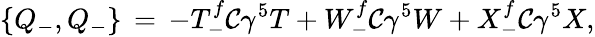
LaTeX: \{ Q_{-},Q_{-}\} \, =\, -T_{-}^{f}\mathcal{C}\gamma^{5}T+W_{-}^{f}\mathcal{C}\gamma^{5}W+X_{-}^{f}\mathcal{C}\gamma^{5}X,